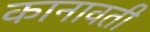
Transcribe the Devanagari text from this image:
कानावती